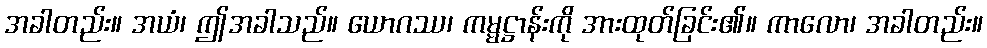
အခါတည်း။ အယံ၊ ဤအခါသည်။ ယောဂဿ၊ ကမ္မဋ္ဌာန်းကို အားထုတ်ခြင်း၏။ ကာလော၊ အခါတည်း။